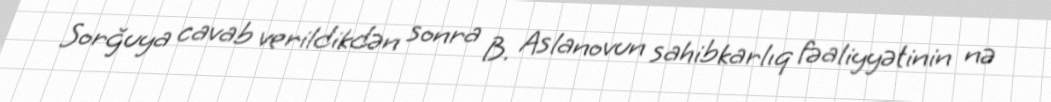
Sorğuya cavab verildikdən sonra B. Aslanovun sahibkarlıq fəaliyyətinin nə